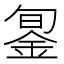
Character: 銞